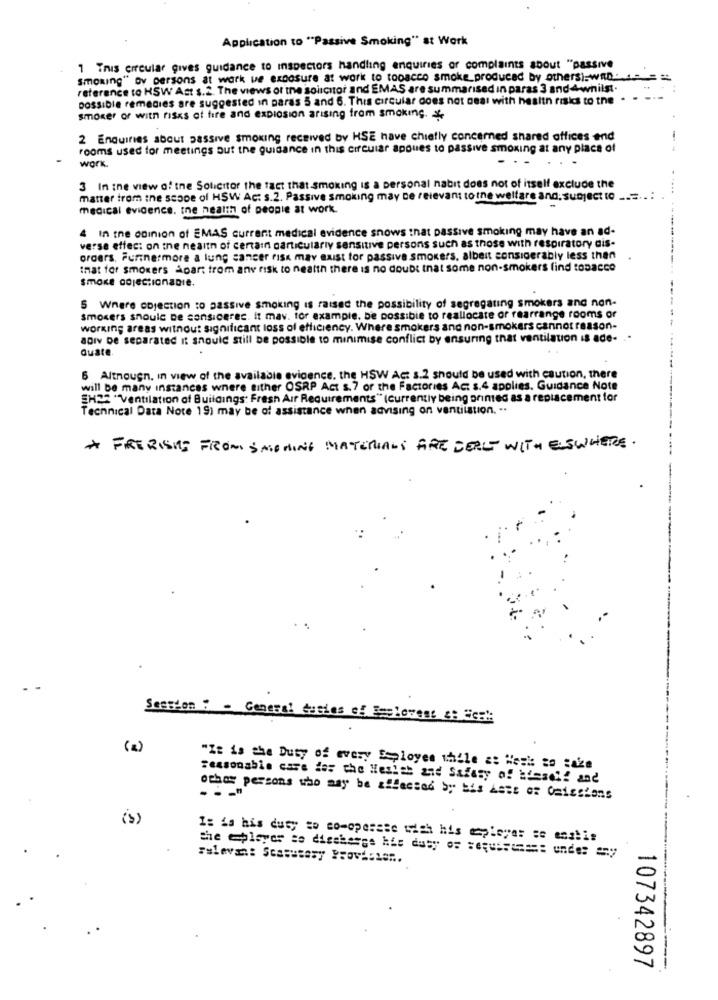
Application to "Passive Smoking" at Work
1 Trus crreular gives guidance to inspectors handling enquiries or complaints about "passive
smoking" Dv persons at work we exposure at work to tooacco smoke_produced by others):wan- = ==
reference to HSW Ast $.2. The views of the solicitor and EMAS are summarised in paras 3 and4whilst.
possible remedies are suggested in paras 5 and 6. This circular does not deal with health risks to the .
smoker or with risks of fire and explosion arising from smoking. *
2 Enquiries about passive smoking received by HSE have chiefly concerned shared offices end
rooms used for meetings but the guidance in this circular apoues to passive smoking at any place of
work.
3 In the view of the Solicitor the fact that smoking is a personal nabit does not of itself exclude the
matter from the scope of HSW Act s.2. Passive smoking may be relevant tothe welfare and: subject to .....
medical evidence. the health of people at work.
4 In the opinion of EMAS current medical evidence snows that passive smoking may have an ad-
verse effect on the neaitn of certain particularly sensitive persons such as those with respiratory dis-
orders. Furinermore a lung cancer risk may exist tor passive smokers, albeit considerably less than
that for smokers Apart from any risk to neatth there is no doubt that some non-smokers lind tobacco
smoke DOjeCIonaDie.
5 Where objection to passive smoking is raised the possibility of segregating smokers and non-
smokers should be consiceres. It mav. for example, be possible to reallocate or rearrange rooms or
working areas without significant loss of efficiency. Where smokers and non-smokers cannot reason-
aDiv be separated it should still be possible to minimise conflict by ensuring that ventilation is ade- ..
duate.
6 Altrougn. In view of the available evidence, the HSW Ac: s.2 should be used with caution, there
will be many instances where either OSRP Act s.7 or the Factories Ac: s.4 applies. Guidance Note
H22 "Ventilation of Buildings: Fresh Air Requirements" (Currently being printed as a replacement for
Technical Data Note 19) may be of assistance when advising on ventilation. ..
* FRERISKS FROM SMOHING MATERIALS FIRE DEALT WITH ESWHERE.
Session : - General tastes of Emcloveat &t del
( 2)
"It is the Duty of every Ssployes while =: "esk: so cake
reasonable care der the Health and Safety of himself and
other persons who may be affected by bis Aste or Omissions
(5)
Is La his duty so comoperese with his mplayer se englis
107342897